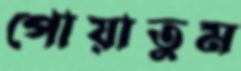
পোয়াতুম